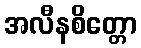
အလီနစိတ္တော